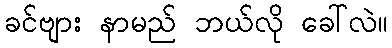
ခင်ဗျား နာမည် ဘယ်လို ခေါ်လဲ။